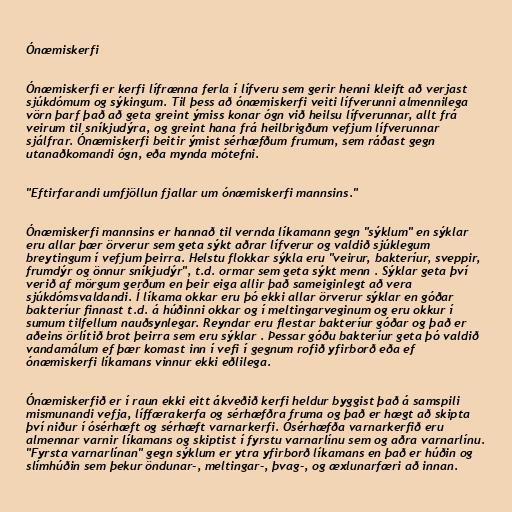
Ónæmiskerfi

Ónæmiskerfi er kerfi lífrænna ferla í lífveru sem gerir henni kleift að verjast
sjúkdómum og sýkingum. Til þess að ónæmiskerfi veiti lífverunni almennilega
vörn þarf það að geta greint ýmiss konar ógn við heilsu lífverunnar, allt frá
veirum til sníkjudýra, og greint hana frá heilbrigðum vefjum lífverunnar
sjálfrar. Ónæmiskerfi beitir ýmist sérhæfðum frumum, sem ráðast gegn
utanaðkomandi ógn, eða mynda mótefni.

"Eftirfarandi umfjöllun fjallar um ónæmiskerfi mannsins."

Ónæmiskerfi mannsins er hannað til vernda líkamann gegn "sýklum" en sýklar
eru allar þær örverur sem geta sýkt aðrar lífverur og valdið sjúklegum
breytingum í vefjum þeirra. Helstu flokkar sýkla eru "veirur, bakteríur, sveppir,
frumdýr og önnur sníkjudýr", t.d. ormar sem geta sýkt menn . Sýklar geta því
verið af mörgum gerðum en þeir eiga allir það sameiginlegt að vera
sjúkdómsvaldandi. Í líkama okkar eru þó ekki allar örverur sýklar en góðar
bakteríur finnast t.d. á húðinni okkar og í meltingarveginum og eru okkur í
sumum tilfellum nauðsynlegar. Reyndar eru flestar bakteríur góðar og það er
aðeins örlítið brot þeirra sem eru sýklar . Þessar góðu bakteríur geta þó valdið
vandamálum ef þær komast inn í vefi í gegnum rofið yfirborð eða ef
ónæmiskerfi líkamans vinnur ekki eðlilega.

Ónæmiskerfið er í raun ekki eitt ákveðið kerfi heldur byggist það á samspili
mismunandi vefja, líffærakerfa og sérhæfðra fruma og það er hægt að skipta
því niður í ósérhæft og sérhæft varnarkerfi. Ósérhæfða varnarkerfið eru
almennar varnir líkamans og skiptist í fyrstu varnarlínu sem og aðra varnarlínu.
"Fyrsta varnarlínan" gegn sýklum er ytra yfirborð líkamans en það er húðin og
slímhúðin sem þekur öndunar-, meltingar-, þvag-, og æxlunarfæri að innan.